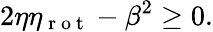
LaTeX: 2\eta\eta_{\mathrm{~r~o~t~}}-\beta^{2}\ge 0.